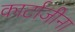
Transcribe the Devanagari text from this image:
कार्टाजीना